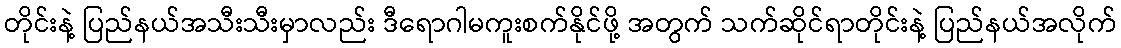
တိုင်းနဲ့ ပြည်နယ်အသီးသီးမှာလည်း ဒီရောဂါမကူးစက်နိုင်ဖို့ အတွက် သက်ဆိုင်ရာတိုင်းနဲ့ ပြည်နယ်အလိုက်